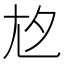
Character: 𡯌